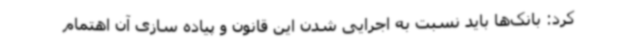
کرد: بانک‌ها باید نسبت به اجرایی شدن این قانون و پیاده سازی آن اهتمام